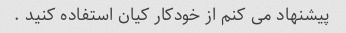
پیشنهاد می کنم از خودکار کیان استفاده کنید .